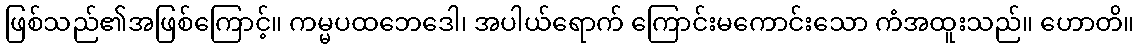
ဖြစ်သည်၏အဖြစ်ကြောင့်။ ကမ္မပထဘေဒေါ၊ အပါယ်ရောက် ကြောင်းမကောင်းသော ကံအထူးသည်။ ဟောတိ။